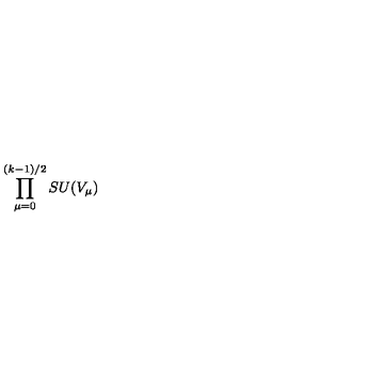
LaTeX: \prod _ { \mu = 0 } ^ { ( k - 1 ) / 2 } S U ( V _ { \mu } )